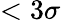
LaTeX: <3\sigma